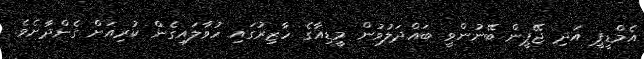
އެމްޑީޕީ އަދި ޖޭޕީން ބޭނުންވީ ބައްދަލުވުން މީޑިއާގެ ހާޒިރުގައި ހުވާލައިގެން ކުރިއަށް ގެންދާށެވެ.